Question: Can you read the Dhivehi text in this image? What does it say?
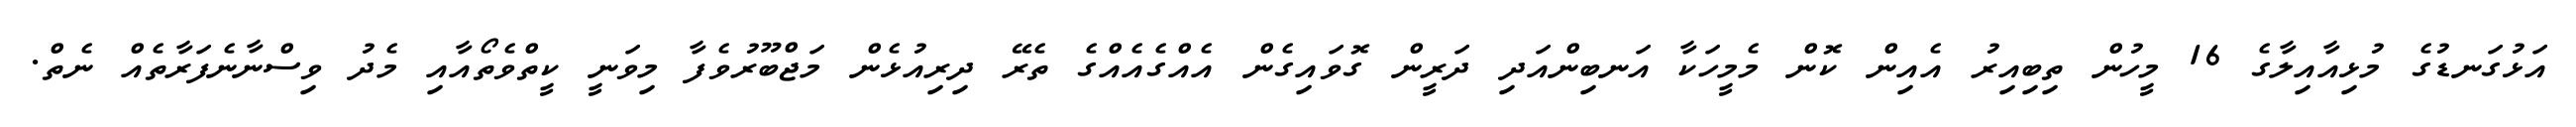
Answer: އަޅުގަނޑުގެ މުޅިއާއިލާގެ 16 މީހުން ތިބިއިރު އެއިން ކޮން މެމީހަކާ އަނބިންއަދި ދަރީން ގޮވައިގެން އެއްގެއެއްގެ ތެރޭ ދިރިއުޅެން މަޖްބޫރުވެފާ މިވަނީ ކީތްވެތޯއާއި މެދު ވިސްނާނެފަރާތެއް ނެތް.